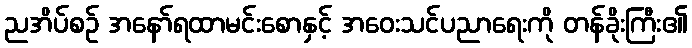
ညအိပ်စဉ် အနော်ရထာမင်းစောနှင့် အဝေးသင်ပညာရေးကို တန်ခိုးကြီး၏